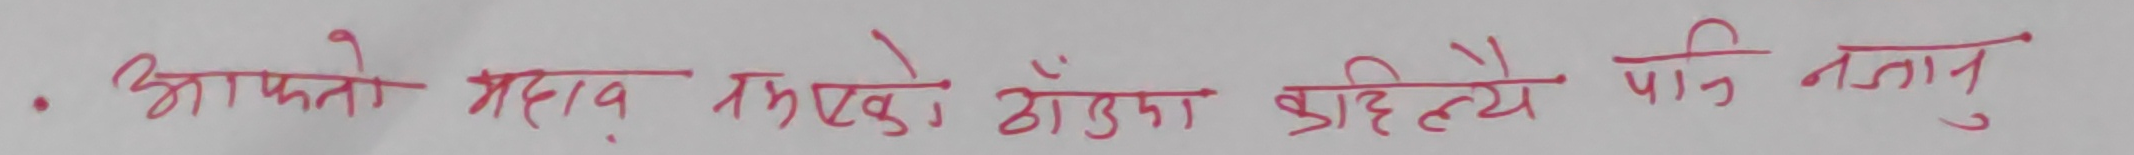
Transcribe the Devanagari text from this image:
आफ्नो महत्त्व नभुल्नुहोस्, आँखा झिम्ले पनि नजानु